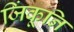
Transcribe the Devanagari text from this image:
जिंकूनि